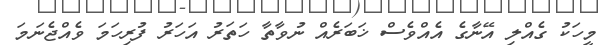
މީހަކު ގެއްލި އޭނާގެ އެއްވެސް ޚަބަރެއް ނުވާތާ ހަތަރު އަހަރު ފުރިހަމަ ވެއްޖެނަމަ